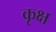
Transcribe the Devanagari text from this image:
कृक्ष